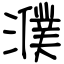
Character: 濮